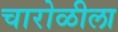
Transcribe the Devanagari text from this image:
चारोळीला